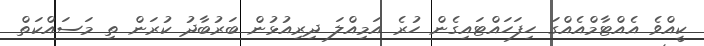
ކީއްވެ އެއްޓާމްއެއްގަ ހިފަހައްޓައިގެން ހުރެ އަމިއްލަ ދިރިއުޅުން ބަރުބާދު ކުރަން ތި މަސައްކަތް